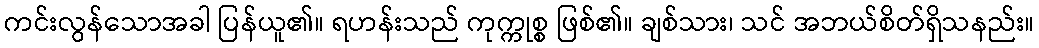
ကင်းလွန်သောအခါ ပြန်ယူ၏။ ရဟန်းသည် ကုက္ကုစ္စ ဖြစ်၏။ ချစ်သား၊ သင် အဘယ်စိတ်ရှိသနည်း။